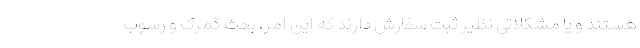
هستند و یا مشکلاتی نظیر ثبت سفارش دارند که این امر، بحث گمرک و رسوب